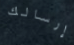
إرسالك